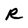
Character: R